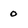
Character: 0